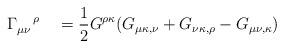
LaTeX: \begin{align*}\Gamma _{\mu \nu }^{\quad \rho \quad }=\frac{1}{2}G^{\rho \kappa }(G_{\mu\kappa ,\nu }+G_{\nu \kappa ,\rho }-G_{\mu \nu ,\kappa })\end{align*}